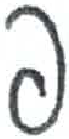
אות: פ